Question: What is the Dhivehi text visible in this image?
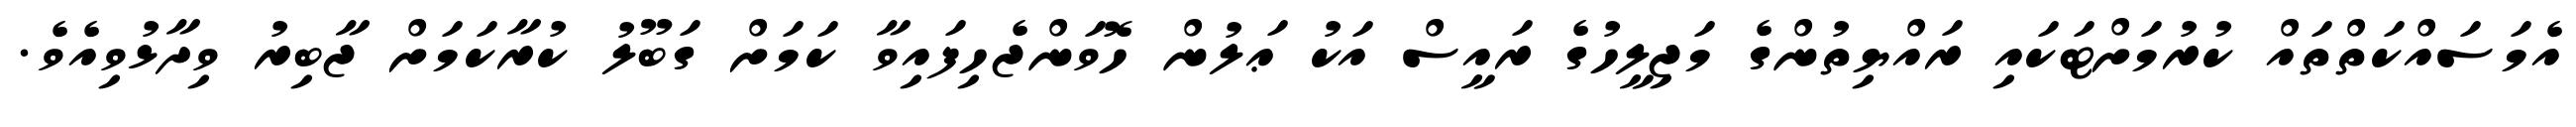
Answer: އެމަސައްކަތްތައް ކުރުމަށްޓަކައި ރައްޔިތުންގެ މަޖިލީހުގެ ރައީސް އަކު ޢަލުން ހޮވަންޖެހިފައިވާ ކަމަށް ގަބޫލު ކުރާކަމަށް ޖާބިރު ވިދާޅުވިއެވެ.